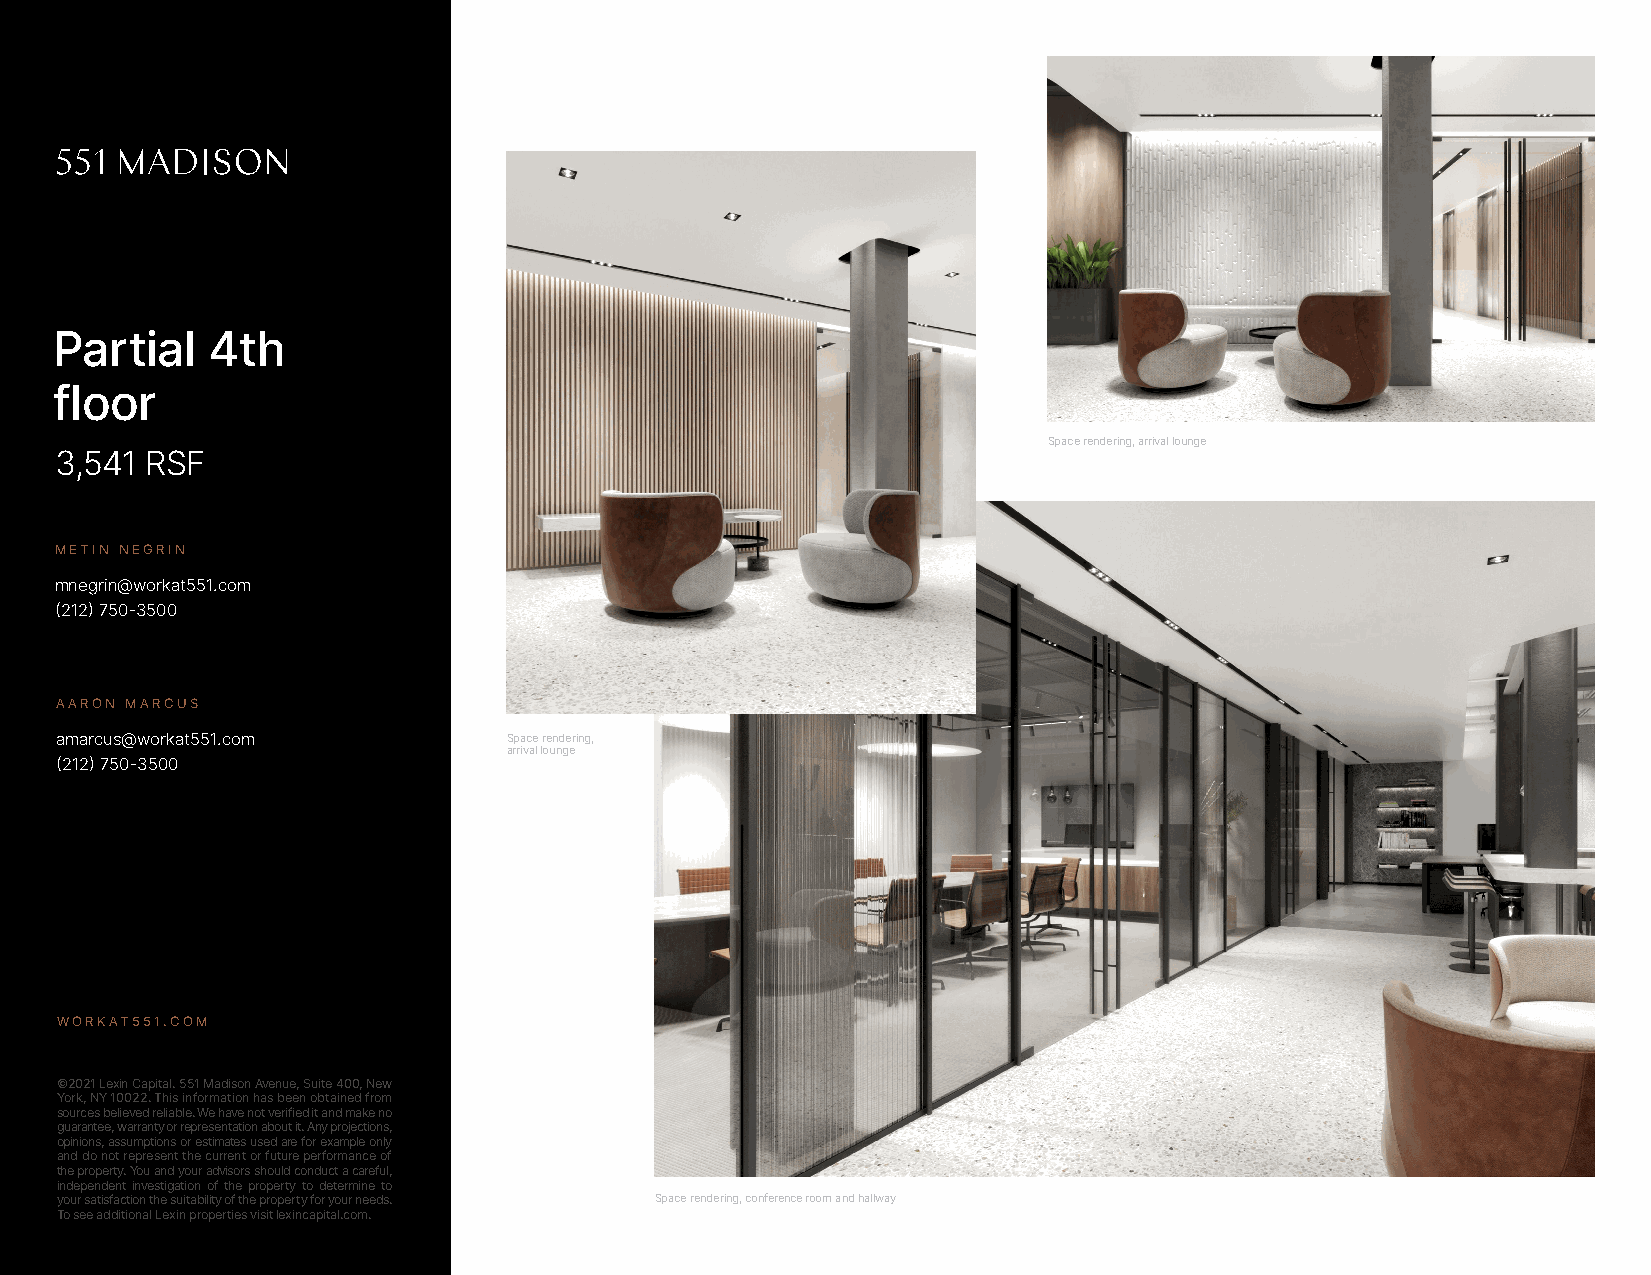
Partial    4th
 floor
 Space rendering, arrival lounge
 3,541 RSF
 METIN NEGRIN
 mnegrin@workat551.com
 (212) 750-3500
 AARON MARCUS
 amarcus@workat551.com         Space rendering,
 arrival lounge
 (212) 750-3500
 WORKAT551.COM
 ©2021 Lexin Capital. 551 Madison Avenue, Suite 400, New
 York, NY 10022. This information has been obtained from
 sources believed reliable. We have not verified it and make no
 guarantee, warranty or representation about it. Any projections,
 opinions, assumptions or estimates used are for example only
 and do not represent the current or future performance of
 the property. You and your advisors should conduct a careful,
 independent investigation of the property to determine to
 your satisfaction the suitability of the property for your needs. Space rendering, conference room and hallway
 To see additional Lexin properties visit lexincapital.com.